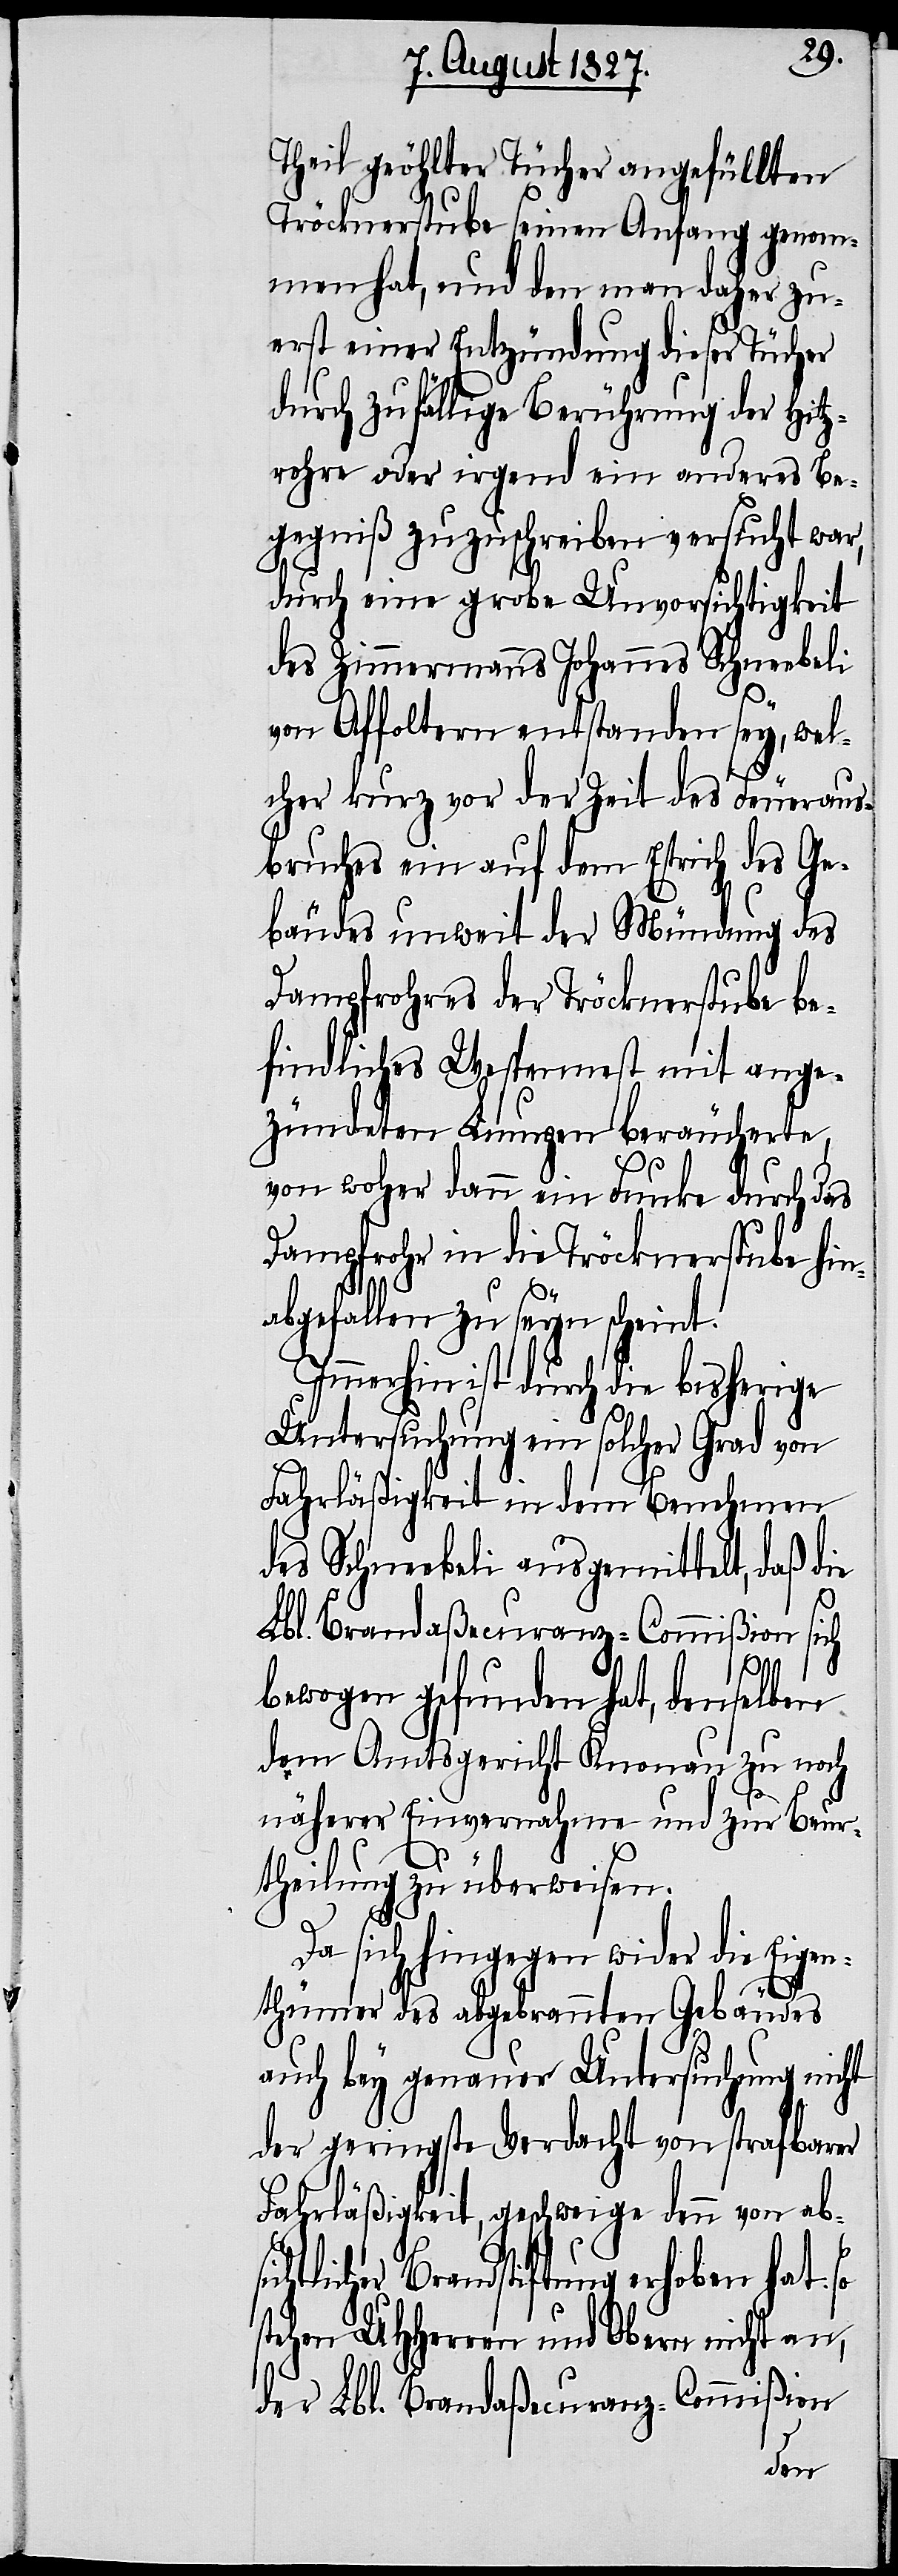
Theil geöhlten Tücher angefüllten
Tröcknerstube seinen Anfang genom¬
men hat, und den man daher zu¬
erst einer Entzündung dieser Tücher
durch zufällige Berührung der Hitz¬
rohre oder irgend ein anderes Be¬
gegniß zuzuschreiben versucht war,
durch eine grobe Unvorsichtigkeit
des Zimmermanns Johannes Schneebeli
von Affoltern entstanden sey, wel¬
cher kurz vor der Zeit des Feueraus¬
bruches ein auf dem Estrich des Ge¬
bäudes unweit der Mündung des
Dampfrohres der Tröcknerstube be¬
findliches Wespennest mit ange¬
zündeten Lumpen beräucherte,
von woher dann ein Funke durch das
Dampfrohr in die Tröcknerstube hin¬
abgefallen zu seyn scheint.
Immerhin ist durch die bisherige
Untersuchung ein solcher Grad von
Fahrläßigkeit in dem Benehmen
des Schneebeli ausgemittelt, daß die
Lbl. Brandaßecuranz-Commißion sich
sic¬
bewogen gefunden hat, denselben
dem Amtsgericht Knonau zu noch
näherer Einvernahme und zur Beur¬
theilung zu überweisen.
Da sich hingegen wider die Eigen¬
thümer des abgebrannten Gebäudes
auch bey genauer Untersuchung nicht
der geringste Verdacht von strafbarer
Fahrläßigkeit, geschweige denn von ab¬
htlicher Brandstiftung erhoben hat: so
stehen UHHerren und Obern nicht an,
der Lbl. Brandaßecuranz-Commißion